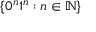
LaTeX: \{ 0 ^ { n } 1 ^ { n } : n \in \mathbb { N } \}